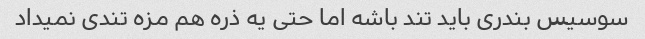
سوسیس بندری باید تند باشه اما حتی یه ذره هم مزه تندی نمیداد